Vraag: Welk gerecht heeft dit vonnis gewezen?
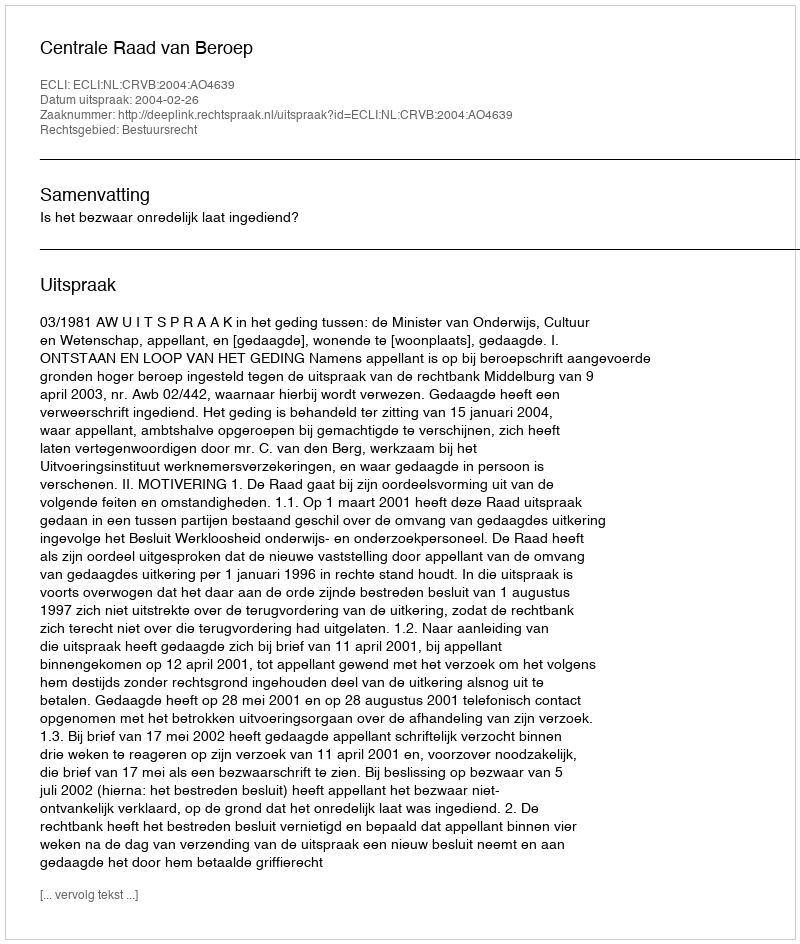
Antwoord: Centrale Raad van Beroep